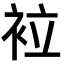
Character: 𧙀